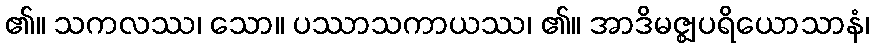
၏။ သကလဿ၊ သော။ ပဿာသကာယဿ၊ ၏။ အာဒိမဇ္ဈပရိယောသာနံ၊